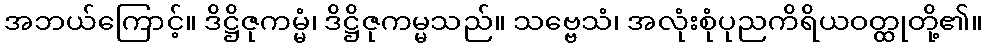
အဘယ်ကြောင့်။ ဒိဋ္ဌိဇုကမ္မံ၊ ဒိဋ္ဌိဇုကမ္မသည်။ သဗ္ဗေသံ၊ အလုံးစုံပုညကိရိယဝတ္ထုတို့၏။